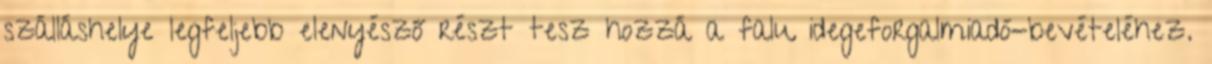
szálláshelye legfeljebb elenyésző részt tesz hozzá a falu idegeforgalmiadó-bevételéhez.